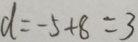
d = - 5 + 8 = 3